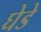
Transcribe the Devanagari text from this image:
घेडे